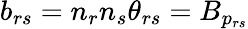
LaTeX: b_{rs}=n_{r}n_{s}\theta_{rs}=B_{p_{rs}}